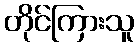
တိုင်ကြားသူ